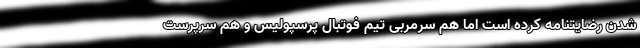
شدن رضایتنامه کرده است اما هم سرمربی تیم فوتبال پرسپولیس و هم سرپرست